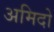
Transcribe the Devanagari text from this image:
अमिदो